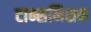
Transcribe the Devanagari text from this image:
टान्समिशन